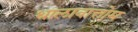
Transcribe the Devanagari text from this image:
थालावात्तोम